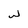
Character: w